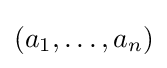
\left(a_{1},\ldots ,a_{n}\right)